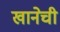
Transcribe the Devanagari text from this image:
खानेची